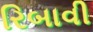
રિબાવી